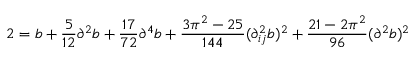
2 = b + \frac { 5 } { 1 2 } \partial ^ { 2 } b + \frac { 1 7 } { 7 2 } \partial ^ { 4 } b + \frac { 3 \pi ^ { 2 } - 2 5 } { 1 4 4 } ( \partial _ { i j } ^ { 2 } b ) ^ { 2 } + \frac { 2 1 - 2 \pi ^ { 2 } } { 9 6 } ( \partial ^ { 2 } b ) ^ { 2 }